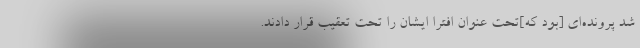
شد پرونده‌ای [بود که]تحت عنوان افترا ایشان را تحت تعقیب قرار دادند.